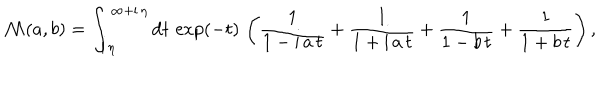
{ \cal M } ( a , b ) = \int _ { { \mathrm i } \, \eta } ^ { \infty + { \mathrm i } \, \eta } { \mathrm d } t \, \exp ( - t ) \, \left( \frac { 1 } { 1 - { \mathrm i } \, a \, t } + \frac { 1 } { 1 + { \mathrm i } \, a \, t } + \frac { 1 } { 1 - b \, t } + \frac { 1 } { 1 + b \, t } \right) ,